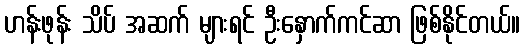
ဟန်းဖုန်း သိပ် အဆက် များရင် ဦးနှောက်ကင်ဆာ ဖြစ်နိုင်တယ်။